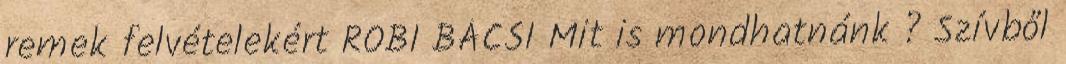
remek felvételekért ROBI BÁCSI Mit is mondhatnánk ? Szívből